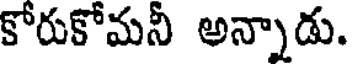
కోరుకోమనీ అన్నాడు.